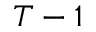
T - 1